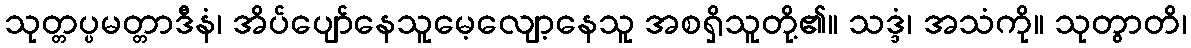
သုတ္တပ္ပမတ္တာဒီနံ၊ အိပ်ပျော်နေသူမေ့လျော့နေသူ အစရှိသူတို့၏။ သဒ္ဒံ၊ အသံကို။ သုတွာတိ၊